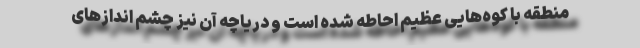
منطقه با کوه‌هایی عظیم احاطه شده است و دریاچه آن نیز چشم انداز‌های